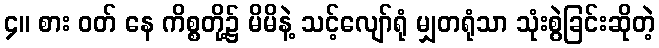
၄။ စား ဝတ် နေ ကိစ္စတို့၌ မိမိနဲ့ သင့်လျော်ရုံ မျှတရုံသာ သုံးစွဲခြင်းဆိုတဲ့